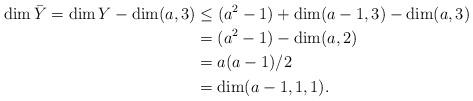
LaTeX: \begin{align*}\dim {\bar Y}=\dim Y -\dim(a,3)&\leq (a^2-1)+\dim(a-1,3)-\dim(a,3)\cr&=(a^2-1)-\dim(a,2)\cr&=a(a-1)/2\cr&=\dim(a-1,1,1).\end{align*}